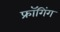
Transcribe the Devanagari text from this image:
फ्रॉगिंग